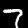
Label: 7